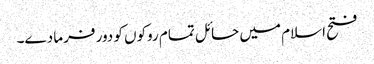
فتح اسلام میں حائل تمام روکوں کو دور فرما دے۔